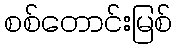
စစ်တောင်းမြစ်